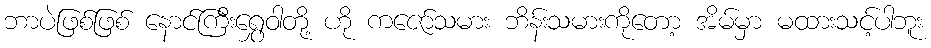
ဘာပဲဖြစ်ဖြစ် နောင်ကြီးရွှေဝါတို့ ဟို ကဇော်သမား ဘိန်းသမားကိုတော့ အိမ်မှာ မထားသင့်ပါဘူး